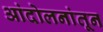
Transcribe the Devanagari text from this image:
आंदोलनांतून